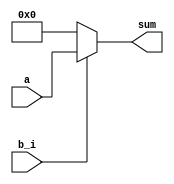
module A_Array (
        input b_i,
        input signed [255:0] a,
        output reg signed [255:0] sum
);


always @ * 
if (b_i == 1'b1) begin
sum = a;
end
else begin
sum = 256'b0;
end

endmodule